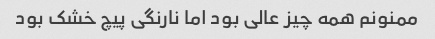
ممنونم همه چیز عالی بود اما نارنگی پیچ خشک بود